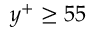
y ^ { + } \geq 5 5